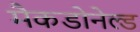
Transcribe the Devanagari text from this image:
मैकडोनेल्ड